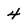
Character: 4